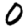
Digit: 0